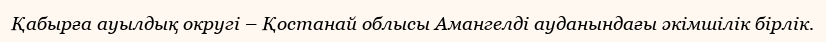
Қабырға ауылдық округі – Қостанай облысы Амангелді ауданындағы әкімшілік бірлік.